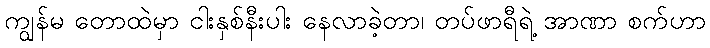
ကျွန်မ တောထဲမှာ ငါးနှစ်နီးပါး နေလာခဲ့တာ၊ တပ်ဖာရီရဲ့ အာဏာ စက်ဟာ